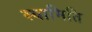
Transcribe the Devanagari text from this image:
स्यामिति